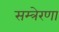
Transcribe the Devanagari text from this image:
सम्त्रेरणा